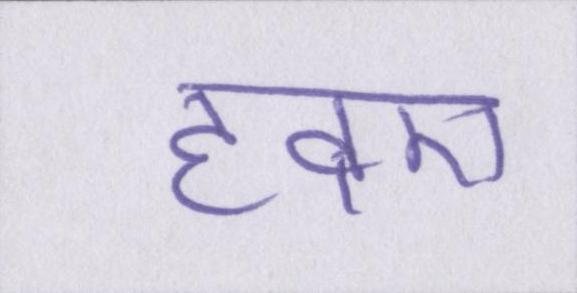
हवए